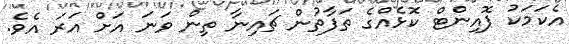
އެކަމަކު ޕޮއިންޓް ކޮޅެއްގެ ތަފާތުން ޗައިނާ ތިން ވަނަ އަށް އަރަ އެވެ.